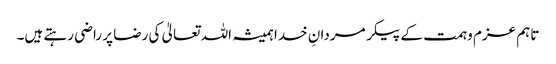
تاہم عزم و ہمت کے پیکر مردانِ خدا ہمیشہ اللہ تعالیٰ کی رضا پر راضی رہتے ہیں۔